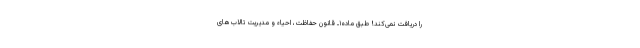
را دریافت نمی‌کند! طبق ماده۱ـ قانون حفاظت، احیاء و مدیریت تالاب‌های